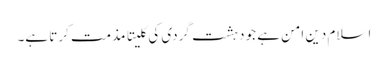
اسلام دین امن ہے جو دہشت گردی کی کلیتا مذمت کرتا ہے۔